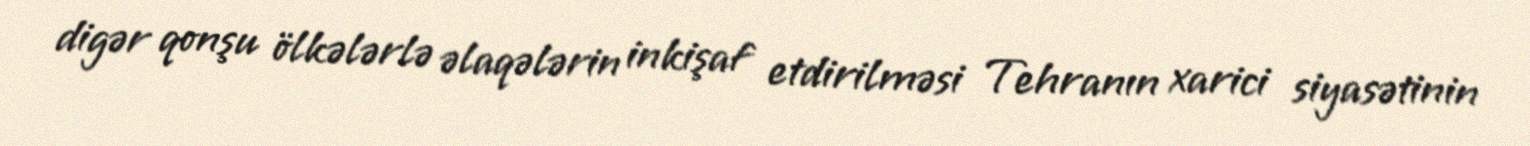
digər qonşu ölkələrlə əlaqələrin inkişaf etdirilməsi Tehranın xarici siyasətinin